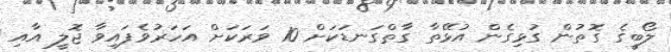
ލޯބީގެ ގޮތުން ގުޅިގެން އުޅޭތާ ގާތްގަނޑަކަށް 10 ވަރަކަށް އަހަރުވެފައިވާ ޖޮލީ އާއި